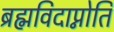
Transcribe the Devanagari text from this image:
ब्रह्मविदाप्नोति